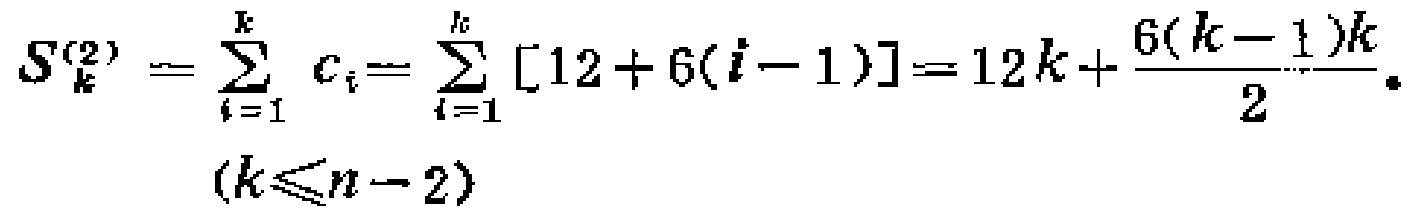
\[
S_{k}^{(2)}=\sum_{i = 1}^{k} c_{i}=\sum_{i = 1}^{k}[12 + 6(i - 1)]=12k+\frac{6(k - 1)k}{2} \quad (k\leqslant n - 2)
\]